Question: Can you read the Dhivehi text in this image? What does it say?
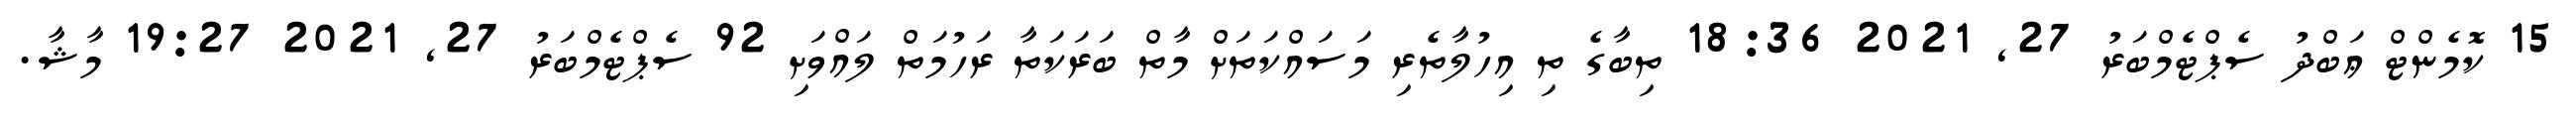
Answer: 15 ކޮމެންޓް ޢަބްދު ސެޕްޓެމްބަރު 27, 2021 18:36 ތިބާގެ ތި އިހުލާތެރި މަސައްކަތަށް މާތް ބަރަކަތާ ރަހުމަތް ލައްވަށި 92 ސެޕްޓެމްބަރު 27, 2021 19:27 މާޝާ.